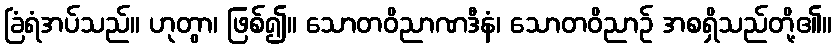
ခြံရံအပ်သည်။ ဟုတွာ၊ ဖြစ်၍။ သောတဝိညာဏဒီနံ၊ သောတဝိညာဉ် အစရှိသည်တို့၏။